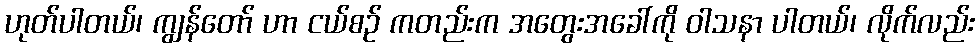
ဟုတ်ပါတယ်၊ ကျွန်တော် ဟာ ငယ်စဉ် ကတည်းက အတွေးအခေါ်ကို ဝါသနာ ပါတယ်၊ လိုက်လည်း